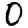
Digit: 0